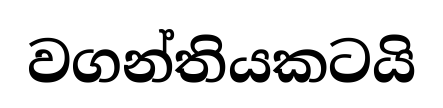
වගන්තියකටයි